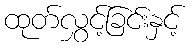
ထုတ်လွှင့်ခြင်းနှင့်